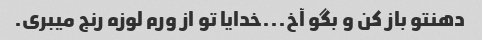
دهنتو باز کن و بگو آخ...خدایا تو از ورم لوزه رنج میبری.